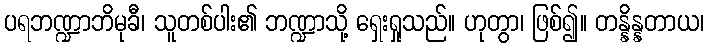
ပရဘဏ္ဍာဘိမုခီ၊ သူတစ်ပါး၏ ဘဏ္ဍာသို့ ရှေးရှုသည်။ ဟုတွာ၊ ဖြစ်၍။ တန္နိန္နတာယ၊